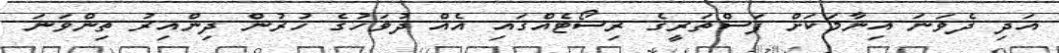
އަދި ދެވަނަ އިނާމަކަށް ފަސްތަރީގެ ރިސޯޓެއްގައި އެއް ދުވަހުގެ ހުރުން ދިންއިރު ތިންވަނަ